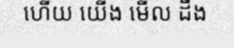
ហើយ យើង មើល ដឹង